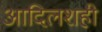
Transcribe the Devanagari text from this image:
आदिलशही